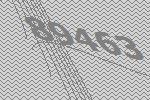
89463